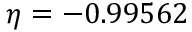
\eta = - 0 . 9 9 5 6 2